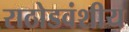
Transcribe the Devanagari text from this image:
राठोडवंशीय